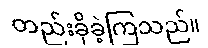
တည်းခိုခဲ့ကြသည်။